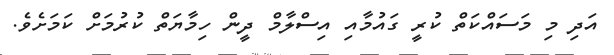
އަދި މި މަސައްކަތް ކުރީ ގައުމާއި އިސްލާމް ދީން ހިމާޔަތް ކުރުމަށް ކަމަށެވެ.